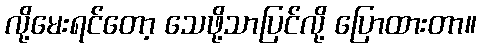
လို့မေးရင်တော့ သေဖို့သာပြင်လို့ ပြောထားတာ။